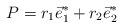
LaTeX: \begin{align*} P = r_1 \vec{e}_1^* + r_2 \vec{e}_2^*\end{align*}